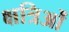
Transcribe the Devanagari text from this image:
क्षत्रिओं